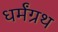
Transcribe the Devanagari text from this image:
धर्मंग्रथ